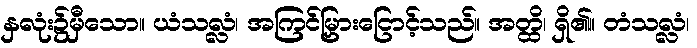
နှလုံး၌မှီသော။ ယံသလ္လံ၊ အကြင်မြှားငြောင့်သည်။ အတ္ထိ၊ ရှိ၏။ တံသလ္လံ၊